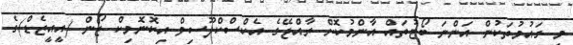
މި ގައުމުތަކުން އަންނަ ބޯޓުތައް އާންމުކޮށް ރާއްޖޭގެ އެކްސްކްލޫސިވް އިކޮނޮމިކް ޒޯން (އީއީޒެޑް)ގެ